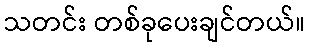
သတင်း တစ်ခုပေးချင်တယ်။